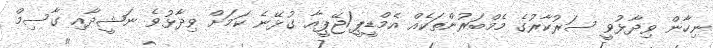
ނިހާން ވިދާޅުވީ ސަރުކާރުގެ މެމްބަރުންތަކެއް އެމްޑީޕީ/ޖޭޕީއާ ގުޅޭނެ ކަމަށް ވިދާޅުވެ ނަޝީދާއި ގާސިމް